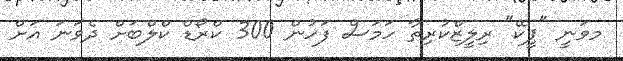
މވަނީ "ޕީކޭ" ރިލީޒްކުރިތާ ހަމަސް ފަހުން 300 ކްރޯޑް ކްލްބަށް ދެވަނަ އަށް